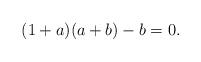
LaTeX: \begin{align*}(1+a)(a+b) - b = 0.\end{align*}